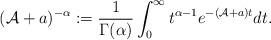
LaTeX: \begin{align*}(\mathcal{A}+a)^{-\alpha}:=\frac{1}{\Gamma(\alpha)}\int_0^\infty t^{\alpha-1}e^{-(\mathcal{A}+a)t} dt. \end{align*}